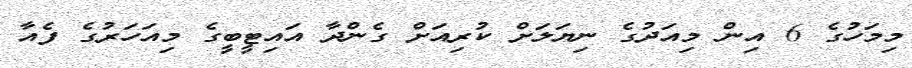
މިމަހުގެ 6 އިން މިއަދުގެ ނިޔަލަށް ކުރިއަށް ގެންދާ އައިޓީބީގެ މިއަހަރުގެ ފެއާ